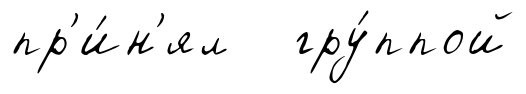
пр'и́н'ял гру́ппой